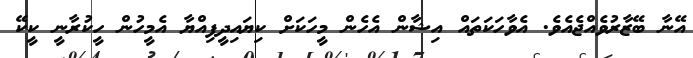
އޭނާ ބޭޒާރުވެއްޖެއެވެ. އެވާހަކަތައް އިޝާން އެހެން މީހަކަށް ކިޔައިދީފިއްޔާ އެމީހުން ހީކުރާނީ ކީކޭ